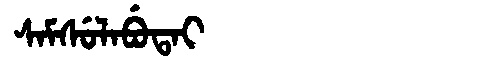
Manchu: ᠰᠠᠮᠰᡠᠯᠠᠪᡠᡨᠠᡳ
Romanization: SAMSULABUTAI